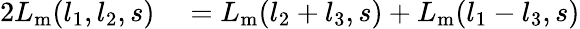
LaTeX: \begin{array}{rl}{2L_{\mathrm{m}}(l_{1},l_{2},s)}&{{}=L_{\mathrm{m}}(l_{2}+l_{3},s)+L_{\mathrm{m}}(l_{1}-l_{3},s)}\end{array}